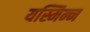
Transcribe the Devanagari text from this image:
यस्मिन्न